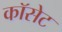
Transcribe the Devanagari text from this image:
कॉसेट